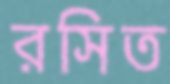
রসিত